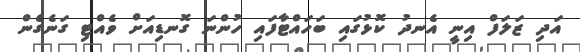
އަދި ޒަލަފް އިނީ އެނދު ކޮޅުގައި ބަހައްޓާފައި ހުންނަ ގޮނޑިއަށް ވެއްޓި ގަނެގެން